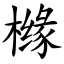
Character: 橼